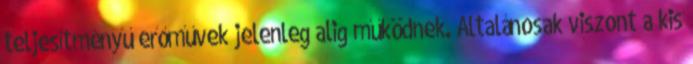
teljesítményű erőművek jelenleg alig működnek. Általánosak viszont a kis